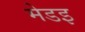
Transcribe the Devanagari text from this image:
मेडइ